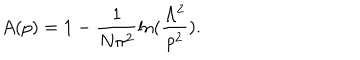
LaTeX: A ( p ) = 1 - \frac { 1 } { N \pi ^ { 2 } } \ln ( \frac { \Lambda ^ { 2 } } { p ^ { 2 } } ) .